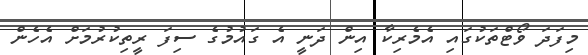
މިފަދަ ވޯޓްތަކުގައި އެމެރިކާ އިން ދަނީ އެ ގައުމުގެ ސިފަ ރީތިކުރުމަށް އެހެން